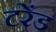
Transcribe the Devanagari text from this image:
टरेंड